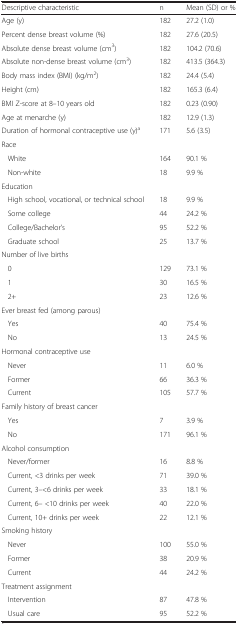
<table><thead><tr><td><b>Descriptive characteristic</b></td><td><b>n</b></td><td><b>Mean (SD) or %</b></td></tr></thead><tbody><tr><td>Age (y)</td><td>182</td><td>27.2 (1.0)</td></tr><tr><td>Percent dense breast volume (%)</td><td>182</td><td>27.6 (20.5)</td></tr><tr><td>Absolute dense breast volume (cm<sup>3</sup>)</td><td>182</td><td>104.2 (70.6)</td></tr><tr><td>Absolute non-dense breast volume (cm<sup>3</sup>)</td><td>182</td><td>413.5 (364.3)</td></tr><tr><td>Body mass index (BMI) (kg/m<sup>2</sup>)</td><td>182</td><td>24.4 (5.4)</td></tr><tr><td>Height (cm)</td><td>182</td><td>165.3 (6.4)</td></tr><tr><td>BMI Z-score at 8–10 years old</td><td>182</td><td>0.23 (0.90)</td></tr><tr><td>Age at menarche (y)</td><td>182</td><td>12.9 (1.3)</td></tr><tr><td>Duration of hormonal contraceptive use (y)<sup>a</sup></td><td>171</td><td>5.6 (3.5)</td></tr><tr><td>Race</td><td></td><td></td></tr><tr><td>White</td><td>164</td><td>90.1 %</td></tr><tr><td>Non-white</td><td>18</td><td>9.9 %</td></tr><tr><td>Education</td><td></td><td></td></tr><tr><td>High school, vocational, or technical school</td><td>18</td><td>9.9 %</td></tr><tr><td>Some college</td><td>44</td><td>24.2 %</td></tr><tr><td>College/Bachelor’s</td><td>95</td><td>52.2 %</td></tr><tr><td>Graduate school</td><td>25</td><td>13.7 %</td></tr><tr><td>Number of live births</td><td></td><td></td></tr><tr><td>0</td><td>129</td><td>73.1 %</td></tr><tr><td>1</td><td>30</td><td>16.5 %</td></tr><tr><td>2+</td><td>23</td><td>12.6 %</td></tr><tr><td>Ever breast fed (among parous)</td><td></td><td></td></tr><tr><td>Yes</td><td>40</td><td>75.4 %</td></tr><tr><td>No</td><td>13</td><td>24.5 %</td></tr><tr><td>Hormonal contraceptive use</td><td></td><td></td></tr><tr><td>Never</td><td>11</td><td>6.0 %</td></tr><tr><td>Former</td><td>66</td><td>36.3 %</td></tr><tr><td>Current</td><td>105</td><td>57.7 %</td></tr><tr><td>Family history of breast cancer</td><td></td><td></td></tr><tr><td>Yes</td><td>7</td><td>3.9 %</td></tr><tr><td>No</td><td>171</td><td>96.1 %</td></tr><tr><td>Alcohol consumption</td><td></td><td></td></tr><tr><td>Never/former</td><td>16</td><td>8.8 %</td></tr><tr><td>Current, &lt;3 drinks per week</td><td>71</td><td>39.0 %</td></tr><tr><td>Current, 3–&lt;6 drinks per week</td><td>33</td><td>18.1 %</td></tr><tr><td>Current, 6– &lt;10 drinks per week</td><td>40</td><td>22.0 %</td></tr><tr><td>Current, 10+ drinks per week</td><td>22</td><td>12.1 %</td></tr><tr><td>Smoking history</td><td></td><td></td></tr><tr><td>Never</td><td>100</td><td>55.0 %</td></tr><tr><td>Former</td><td>38</td><td>20.9 %</td></tr><tr><td>Current</td><td>44</td><td>24.2 %</td></tr><tr><td>Treatment assignment</td><td></td><td></td></tr><tr><td>Intervention</td><td>87</td><td>47.8 %</td></tr><tr><td>Usual care</td><td>95</td><td>52.2 %</td></tr></tbody></table>